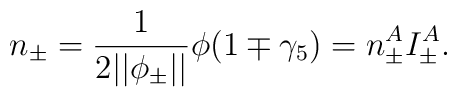
n_{\pm }=\frac 1{2||\phi _{\pm }||}\phi (1\mp \gamma _5)=n_{\pm}^AI_{\pm }^A.